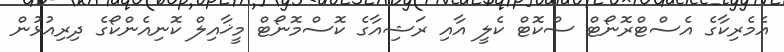
އެމެރިކާގެ އެސްޓްރޮނޯޓް ސްކޮޓް ކެލީ އާއި ރަޝިއާގެ ކޮސްމޮނޯޓް މީޚާއިލް ކޮނިއެންކޯގެ ދިރިއުޅުން